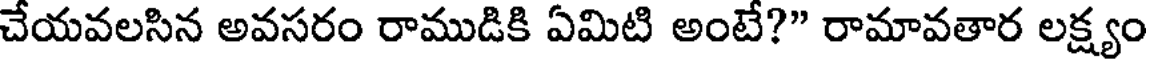
చేయవలసిన అవసరం రాముడికి ఏమిటి అంటే?" రామావతార లక్ష్యం